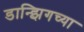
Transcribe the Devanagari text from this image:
डान्झिगच्या